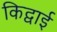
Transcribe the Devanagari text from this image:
किद्वाई